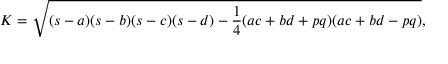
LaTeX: K = { \sqrt { ( s - a ) ( s - b ) ( s - c ) ( s - d ) - { \frac { 1 } { 4 } } ( a c + b d + p q ) ( a c + b d - p q ) } } ,